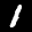
Label: 1